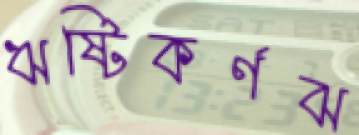
ঋষ্টিকর্ণঝ